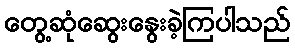
တွေ့ဆုံဆွေးနွေးခဲ့ကြပါသည်